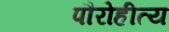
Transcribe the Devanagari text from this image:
पौरोहीत्य